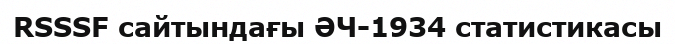
RSSSF сайтындағы ӘЧ-1934 статистикасы